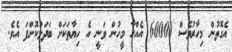
އެގޮތުން މިހާރުވެސް 60000 އެއްހާ މީހުން ވަނީ އެ ހިޔާތަކަށް ބަދަލުކޮށްފަ އެވެ.